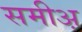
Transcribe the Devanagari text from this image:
समीअ़